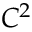
C ^ { 2 }